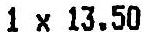
1 X 13.50